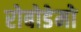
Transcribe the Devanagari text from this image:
रोबोडेमो